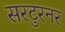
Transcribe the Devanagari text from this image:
सरटुरनर